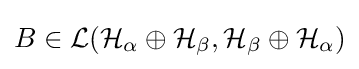
B\in {\mathcal {L(H_{\alpha }\oplus H_{\beta },H_{\beta }\oplus H_{\alpha })}}